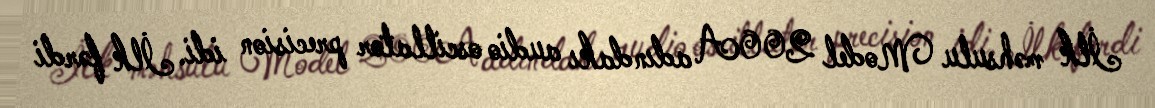
İlk məhsulu Model 200A adındakı audio oscillator precision idi. İlk fərdi